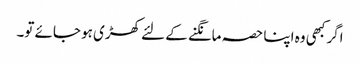
اگر کبھی وہ اپنا حصہ مانگنے کے لئے کھڑی ہو جائے تو۔